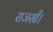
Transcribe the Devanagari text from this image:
राजसी।